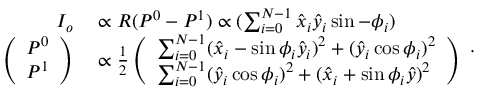
\begin{array} { r l } { I _ { o } } & { { } \propto R ( P ^ { 0 } - P ^ { 1 } ) \propto ( \sum _ { i = 0 } ^ { N - 1 } \hat { x } _ { i } \hat { y } _ { i } \sin - \phi _ { i } ) } \\ { \left( \begin{array} { l } { P ^ { 0 } } \\ { P ^ { 1 } } \end{array} \right) } & { { } \propto \frac { 1 } { 2 } \left( \begin{array} { l } { \sum _ { i = 0 } ^ { N - 1 } ( \hat { x } _ { i } - \sin \phi _ { i } \hat { y } _ { i } ) ^ { 2 } + ( \hat { y } _ { i } \cos \phi _ { i } ) ^ { 2 } } \\ { \sum _ { i = 0 } ^ { N - 1 } ( \hat { y } _ { i } \cos \phi _ { i } ) ^ { 2 } + ( \hat { x } _ { i } + \sin \phi _ { i } \hat { y } ) ^ { 2 } } \end{array} \right) } \end{array} .